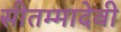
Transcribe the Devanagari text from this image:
सीतम्मादेवी